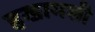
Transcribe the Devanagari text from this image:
हखामशी